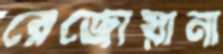
রেজোয়ানা